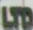
LTD